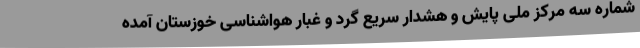
شماره سه مرکز ملی پایش و هشدار سریع گرد و غبار هواشناسی خوزستان آمده